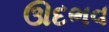
ઊદભવ